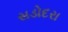
સડોદરા